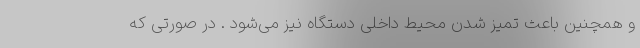
و همچنین باعث تمیز شدن محیط داخلی دستگاه نیز می‌شود . در صورتی که